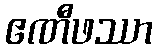
ဧဏီဖဿာ